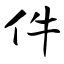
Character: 件